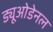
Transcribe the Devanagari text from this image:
ड्यूओडेनल